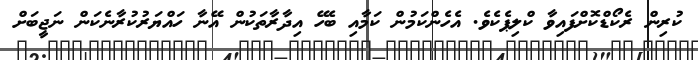
ކުރިން ރެކޯޑްކޮށްފައިވާ ކްލިޕެކެވެ. އެހެންކަމުން ކަމާއި ބެހޭ އިދާރާތަކުން އޭނާ ހައްޔަރުކުރާނެކަން ނަޖީބަށް